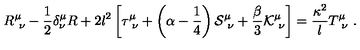
R _ { \ \nu } ^ { \mu } - { \frac { 1 } { 2 } } \delta _ { \nu } ^ { \mu } R + 2 l ^ { 2 } \left[ \tau _ { \ \nu } ^ { \mu } + \left( \alpha - { \frac { 1 } { 4 } } \right) { \cal S } _ { \ \nu } ^ { \mu } + { \frac { \beta } { 3 } } { \cal K } _ { \ \nu } ^ { \mu } \right] = { \frac { \kappa ^ { 2 } } { l } } T _ { \ \nu } ^ { \mu } \ .